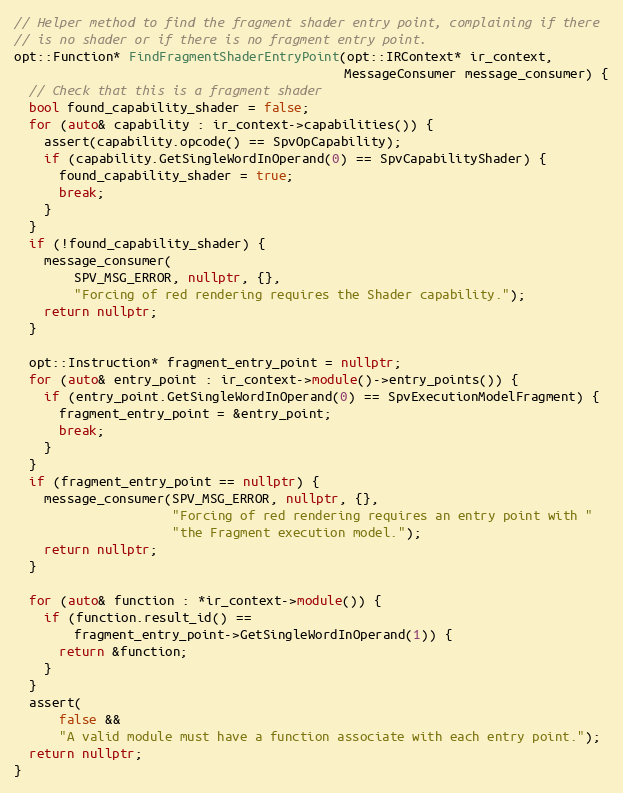
Language: C++
// Helper method to find the fragment shader entry point, complaining if there
// is no shader or if there is no fragment entry point.
opt::Function* FindFragmentShaderEntryPoint(opt::IRContext* ir_context,
                                            MessageConsumer message_consumer) {
  // Check that this is a fragment shader
  bool found_capability_shader = false;
  for (auto& capability : ir_context->capabilities()) {
    assert(capability.opcode() == SpvOpCapability);
    if (capability.GetSingleWordInOperand(0) == SpvCapabilityShader) {
      found_capability_shader = true;
      break;
    }
  }
  if (!found_capability_shader) {
    message_consumer(
        SPV_MSG_ERROR, nullptr, {},
        "Forcing of red rendering requires the Shader capability.");
    return nullptr;
  }

  opt::Instruction* fragment_entry_point = nullptr;
  for (auto& entry_point : ir_context->module()->entry_points()) {
    if (entry_point.GetSingleWordInOperand(0) == SpvExecutionModelFragment) {
      fragment_entry_point = &entry_point;
      break;
    }
  }
  if (fragment_entry_point == nullptr) {
    message_consumer(SPV_MSG_ERROR, nullptr, {},
                     "Forcing of red rendering requires an entry point with "
                     "the Fragment execution model.");
    return nullptr;
  }

  for (auto& function : *ir_context->module()) {
    if (function.result_id() ==
        fragment_entry_point->GetSingleWordInOperand(1)) {
      return &function;
    }
  }
  assert(
      false &&
      "A valid module must have a function associate with each entry point.");
  return nullptr;
}